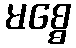
မစ္စေ